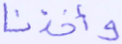
وأخذنا